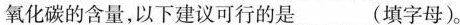
氧化碳的含量，以下建议可行的是___(填字母)。